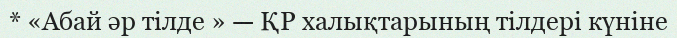
* «Абай әр тілде » — ҚР халықтарының тілдері күніне